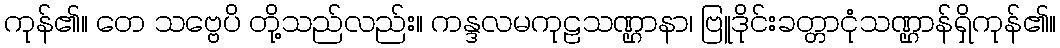
ကုန်၏။ တေ သဗ္ဗေပိ တို့သည်လည်း။ ကန္ဒလမကုဠသဏ္ဌာနာ၊ ဗြူဒိုင်းခတ္တာငုံသဏ္ဌာန်ရှိကုန်၏။